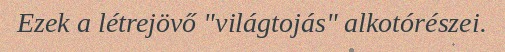
Ezek a létrejövő "világtojás" alkotórészei.